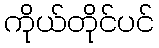
ကိုယ်တိုင်ပင်